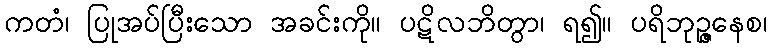
ကတံ၊ ပြုအပ်ပြီးသော အခင်းကို။ ပဋိလဘိတွာ၊ ရ၍။ ပရိဘုဉ္ဇနေစ၊